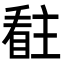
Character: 𭿊